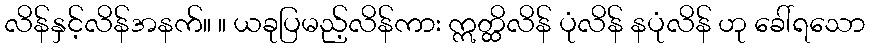
လိန်နှင့်လိန်အနက်။ ။ ယခုပြမည့်လိန်ကား ဣတ္ထိလိန် ပုံလိန် နပုံလိန် ဟု ခေါ်ရသော